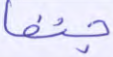
جنفا